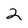
Character: 2